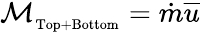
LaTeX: {\cal M}_{_\mathrm{Top+\mathrm{Bottom}}}=\dot{m}\overline{{u}}